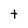
Character: t